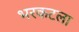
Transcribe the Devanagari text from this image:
भरकटला